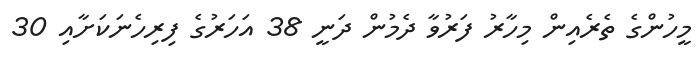
މީހުންގެ ތެރެއިން މިހާރު ފަރުވާ ދެމުން ދަނީ 38 އަހަރުގެ ފިރިހެނަކަށާއި 30